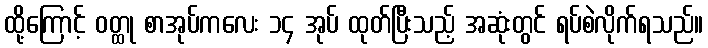
ထို့ကြောင့် ဝတ္ထု စာအုပ်ကလေး ၁၄ အုပ် ထုတ်ပြီးသည့် အဆုံးတွင် ရပ်စဲလိုက်ရသည်။